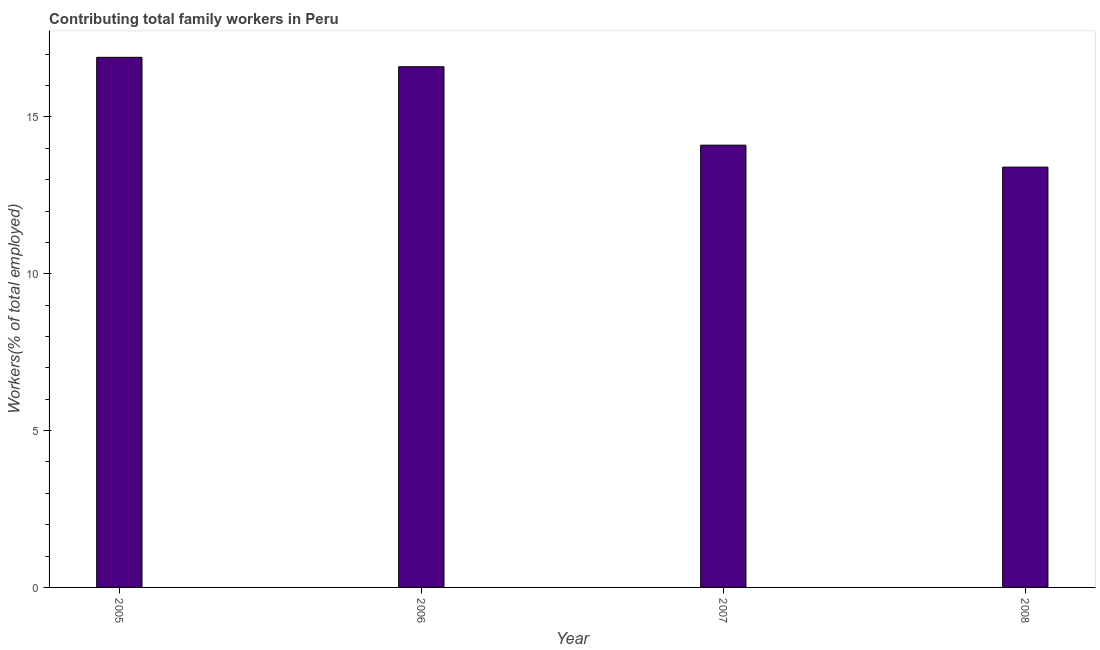
| Year | Contributing family workers |
 | --- | --- |
 | 2005 | 16.9 |
 | 2006 | 16.6 |
 | 2007 | 14.1 |
 | 2008 | 13.4 |